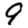
Digit: 9